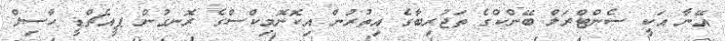
އޭނާ އަކީ ސެންޓްރަލް ބޭންކްގެ ތަޖުރިބާގެ އިތުރުން އިކޮނޮމިކްސްގެ ރޮނގުން ޕީއެޗްޑީ ހާސިލް